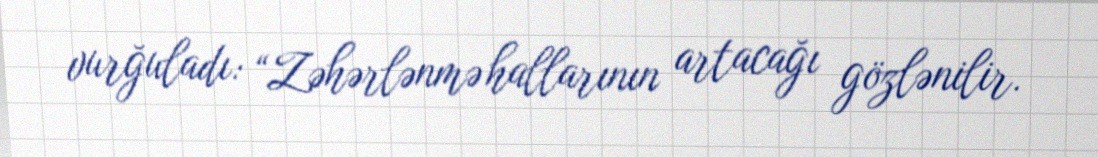
vurğuladı: “Zəhərlənmə hallarının artacağı gözlənilir.